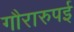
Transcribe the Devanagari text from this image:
गौरारुपई